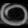
Digit: ၀